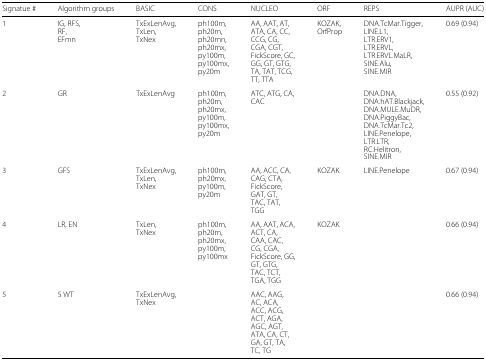
<table><thead><tr><td><b>Signatue #</b></td><td><b>Algorithm groups</b></td><td><b>BASIC</b></td><td><b>CONS</b></td><td><b>NUCLEO</b></td><td><b>ORF</b></td><td><b>REPS</b></td><td><b>AUPR (AUC)</b></td></tr></thead><tbody><tr><td>1</td><td>IG, RFS,</td><td>TxExLenAvg,</td><td>ph100m,</td><td>AA, AAT, AT,</td><td>KOZAK,</td><td>DNA.TcMar.Tigger,</td><td>0.69 (0.94)</td></tr><tr><td></td><td>RF,</td><td>TxLen,</td><td>ph20m,</td><td>ATA, CA, CC,</td><td>OrfProp</td><td>LINE.L1,</td><td></td></tr><tr><td></td><td>EFmn</td><td>TxNex</td><td>ph20mn,</td><td>CCG, CG,</td><td></td><td>LTR.ERV1,</td><td></td></tr><tr><td></td><td></td><td></td><td>ph20mx,</td><td>CGA, CGT,</td><td></td><td>LTR.ERVL,</td><td></td></tr><tr><td></td><td></td><td></td><td>py100m,</td><td>FickScore, GC,</td><td></td><td>LTR.ERVL.MaLR,</td><td></td></tr><tr><td></td><td></td><td></td><td>py100mx,</td><td>GG, GT, GTG,</td><td></td><td>SINE.Alu,</td><td></td></tr><tr><td></td><td></td><td></td><td>py20m</td><td>TA, TAT, TCG,</td><td></td><td>SINE.MIR</td><td></td></tr><tr><td></td><td></td><td></td><td></td><td>TT, TTA</td><td></td><td></td><td></td></tr><tr><td>2</td><td>GR</td><td>TxExLenAvg</td><td>ph100m,</td><td>ATC, ATG, CA,</td><td></td><td>DNA.DNA,</td><td>0.55 (0.92)</td></tr><tr><td></td><td></td><td></td><td>ph20m,</td><td>CAC</td><td></td><td>DNA.hAT.Blackjack,</td><td></td></tr><tr><td></td><td></td><td></td><td>ph20mx,</td><td></td><td></td><td>DNA.MULE.MuDR,</td><td></td></tr><tr><td></td><td></td><td></td><td>py100m,</td><td></td><td></td><td>DNA.PiggyBac,</td><td></td></tr><tr><td></td><td></td><td></td><td>py100mx,</td><td></td><td></td><td>DNA.TcMar.Tc2,</td><td></td></tr><tr><td></td><td></td><td></td><td>py20m</td><td></td><td></td><td>LINE.Penelope,</td><td></td></tr><tr><td></td><td></td><td></td><td></td><td></td><td></td><td>LTR.LTR,</td><td></td></tr><tr><td></td><td></td><td></td><td></td><td></td><td></td><td>RC.Helitron,</td><td></td></tr><tr><td></td><td></td><td></td><td></td><td></td><td></td><td>SINE.MIR</td><td></td></tr><tr><td>3</td><td>GFS</td><td>TxExLenAvg,</td><td>ph100m,</td><td>AA, ACC, CA,</td><td>KOZAK</td><td>LINE.Penelope</td><td>0.67 (0.94)</td></tr><tr><td></td><td></td><td>TxLen,</td><td>ph20mx,</td><td>CAG, CTA,</td><td></td><td></td><td></td></tr><tr><td></td><td></td><td>TxNex</td><td>py100m,</td><td>FickScore,</td><td></td><td></td><td></td></tr><tr><td></td><td></td><td></td><td>py20m</td><td>GAT, GT,</td><td></td><td></td><td></td></tr><tr><td></td><td></td><td></td><td></td><td>TAC, TAT,</td><td></td><td></td><td></td></tr><tr><td></td><td></td><td></td><td></td><td>TGG</td><td></td><td></td><td></td></tr><tr><td>4</td><td>LR, EN</td><td>TxLen,</td><td>ph100m,</td><td>AA, AAT, ACA,</td><td>KOZAK</td><td></td><td>0.66 (0.94)</td></tr><tr><td></td><td></td><td>TxNex</td><td>ph20m,</td><td>ACT, CA,</td><td></td><td></td><td></td></tr><tr><td></td><td></td><td></td><td>ph20mx,</td><td>CAA, CAC,</td><td></td><td></td><td></td></tr><tr><td></td><td></td><td></td><td>py100m,</td><td>CG, CGA,</td><td></td><td></td><td></td></tr><tr><td></td><td></td><td></td><td>py100mx</td><td>FickScore, GG,</td><td></td><td></td><td></td></tr><tr><td></td><td></td><td></td><td></td><td>GT, GTG,</td><td></td><td></td><td></td></tr><tr><td></td><td></td><td></td><td></td><td>TAC, TCT,</td><td></td><td></td><td></td></tr><tr><td></td><td></td><td></td><td></td><td>TGA, TGG</td><td></td><td></td><td></td></tr><tr><td>5</td><td>5 WT</td><td>TxExLenAvg,</td><td></td><td>AAC, AAG,</td><td></td><td></td><td>0.66 (0.94)</td></tr><tr><td></td><td></td><td>TxNex</td><td></td><td>AC, ACA,</td><td></td><td></td><td></td></tr><tr><td></td><td></td><td></td><td></td><td>ACC, ACG,</td><td></td><td></td><td></td></tr><tr><td></td><td></td><td></td><td></td><td>ACT, AGA,</td><td></td><td></td><td></td></tr><tr><td></td><td></td><td></td><td></td><td>AGC, AGT,</td><td></td><td></td><td></td></tr><tr><td></td><td></td><td></td><td></td><td>ATA, CA, CT,</td><td></td><td></td><td></td></tr><tr><td></td><td></td><td></td><td></td><td>GA, GT, TA,</td><td></td><td></td><td></td></tr><tr><td></td><td></td><td></td><td></td><td>TC, TG</td><td></td><td></td><td></td></tr></tbody></table>